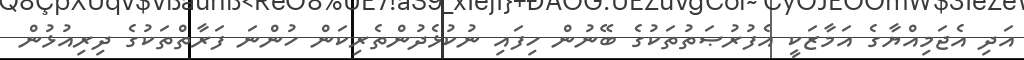
އަދި އެޖަމިއްޔާގެ އަމާޒަކީ އެފުރުޞަތުތަކުގެ ބޭނުން ހިފައި ނުކުޅެދުންތެރިކަން ހުންނަ ފަރާތްތަކުގެ ދިރިއުޅުން